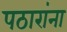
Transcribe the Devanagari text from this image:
पठारांना